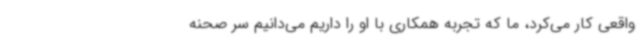
واقعی کار می‌کرد، ما که تجربه همکاری با او را داریم می‌دانیم سر صحنه